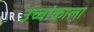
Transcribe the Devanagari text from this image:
उच्चांकाला